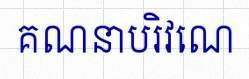
គណនាបរិវេណ